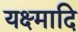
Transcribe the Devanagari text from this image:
यक्ष्मादि